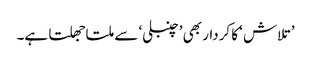
’تلاش ‘کا کردار بھی ’چنبلی‘ سے ملتا جھلتا ہے۔